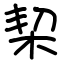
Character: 栔